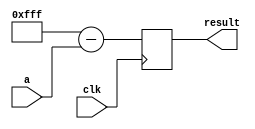
module add(	
				input clk,
				input [11:0]a,
				output reg [11:0]result
				);
	always @(posedge clk)
	begin
		result = 12'hfff - a;
	end					
endmodule